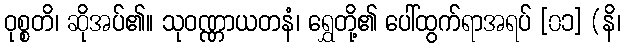
ဝုစ္စတိ၊ ဆိုအပ်၏။ သုဝဏ္ဏာယတနံ၊ ရွှေတို့၏ ပေါ်ထွက်ရာအရပ် [၀၁] (နိ၊